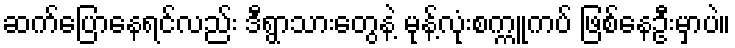
ဆက်ပြောနေရင်လည်း ဒီရွာသားတွေနဲ့ မုန့်လုံးစက္ကူကပ် ဖြစ်နေဦးမှာပဲ။